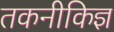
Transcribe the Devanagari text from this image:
तकनीकिज्ञ